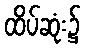
ထိပ်ဆုံး၌